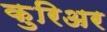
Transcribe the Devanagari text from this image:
कुरिअर